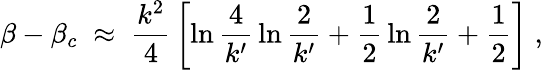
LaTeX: \beta-\beta_{c}\; \approx\; {\frac{k^{2}}{4}}\left[\ln{\frac{4}{k^{\prime}}}\ln{\frac{2}{k^{\prime}}}+{\frac{1}{2}}\ln{\frac{2}{k^{\prime}}}+{\frac{1}{2}}\right]\; ,